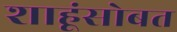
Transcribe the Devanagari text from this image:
शाहूंसोबत